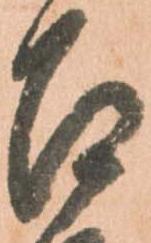
召